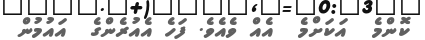
ކޮންމެ  އަކަށްމެ  އެއް ވެއެވެ. ފަހެ އެއުރެންގެ  އައުމުން